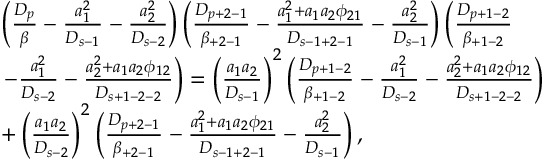
\begin{array} { r l } & { \left( \frac { D _ { p } } { \beta } - \frac { a _ { 1 } ^ { 2 } } { D _ { s - 1 } } - \frac { a _ { 2 } ^ { 2 } } { D _ { s - 2 } } \right) \left( \frac { D _ { p + 2 - 1 } } { \beta _ { + 2 - 1 } } - \frac { a _ { 1 } ^ { 2 } + a _ { 1 } a _ { 2 } \phi _ { 2 1 } } { D _ { s - 1 + 2 - 1 } } - \frac { a _ { 2 } ^ { 2 } } { D _ { s - 1 } } \right) \left( \frac { D _ { p + 1 - 2 } } { \beta _ { + 1 - 2 } } \right. } \\ & { \left. - \frac { a _ { 1 } ^ { 2 } } { D _ { s - 2 } } - \frac { a _ { 2 } ^ { 2 } + a _ { 1 } a _ { 2 } \phi _ { 1 2 } } { D _ { s + 1 - 2 - 2 } } \right) = \left( \frac { a _ { 1 } a _ { 2 } } { D _ { s - 1 } } \right) ^ { 2 } \left( \frac { D _ { p + 1 - 2 } } { \beta _ { + 1 - 2 } } - \frac { a _ { 1 } ^ { 2 } } { D _ { s - 2 } } - \frac { a _ { 2 } ^ { 2 } + a _ { 1 } a _ { 2 } \phi _ { 1 2 } } { D _ { s + 1 - 2 - 2 } } \right) } \\ & { + \left( \frac { a _ { 1 } a _ { 2 } } { D _ { s - 2 } } \right) ^ { 2 } \left( \frac { D _ { p + 2 - 1 } } { \beta _ { + 2 - 1 } } - \frac { a _ { 1 } ^ { 2 } + a _ { 1 } a _ { 2 } \phi _ { 2 1 } } { D _ { s - 1 + 2 - 1 } } - \frac { a _ { 2 } ^ { 2 } } { D _ { s - 1 } } \right) , } \end{array}